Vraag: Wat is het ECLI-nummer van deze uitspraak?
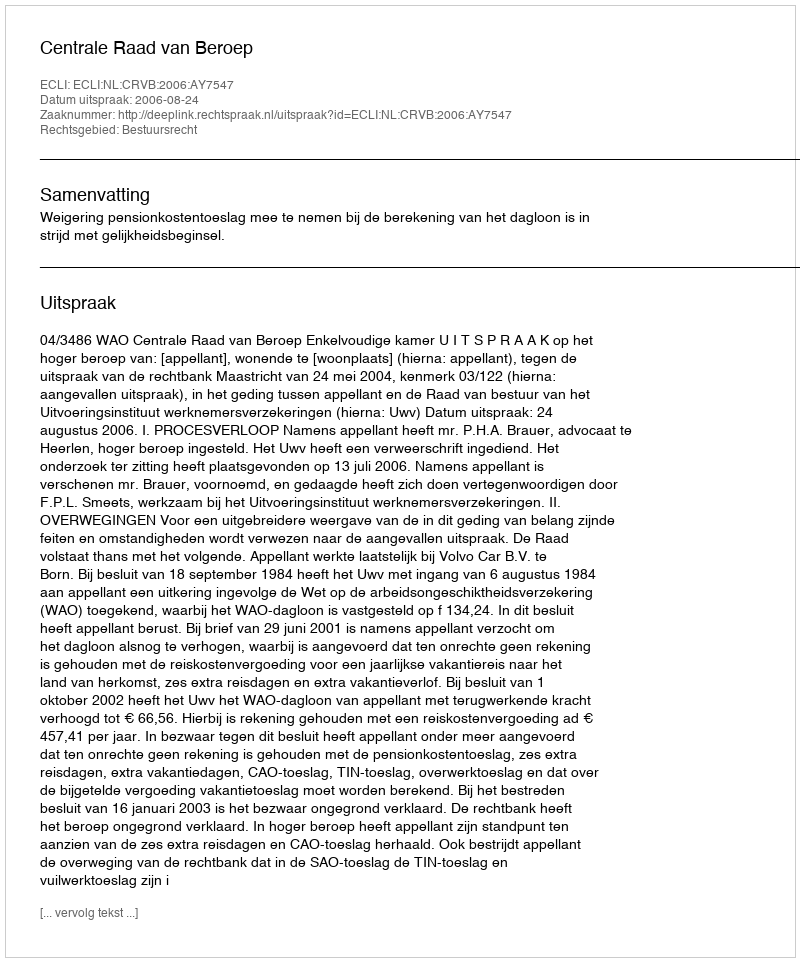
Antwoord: ECLI:NL:CRVB:2006:AY7547